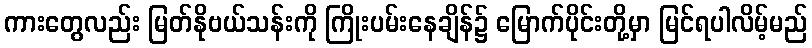
ကားတွေလည်း မြတ်နိုဗယ်သန်းကို ကြိုးပမ်းနေချိန်၌ မြောက်ပိုင်းတို့မှာ မြင်ရပါလိမ့်မည်